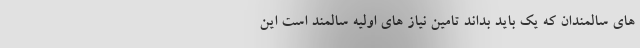
های سالمندان که یک باید بداند تامین نیاز های اولیه سالمند است این